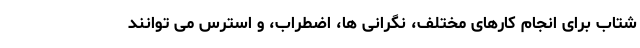
شتاب برای انجام کارهای مختلف، نگرانی ها، اضطراب، و استرس می توانند